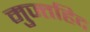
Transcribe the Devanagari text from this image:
मुज्तहिद